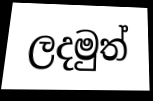
ලදමුත්